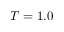
T = 1 . 0